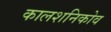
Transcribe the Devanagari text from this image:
कालशनिकोव